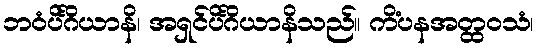
ဘဝံပိင်္ဂိယာနိ၊ အရှင်ပိင်္ဂိယာနိသည်။ ကိံပနအတ္ထဝသံ၊